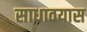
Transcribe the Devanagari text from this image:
साधावयास